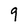
Character: 9